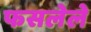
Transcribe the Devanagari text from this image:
फसलेले